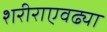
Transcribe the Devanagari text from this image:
शरीराएवढ्या